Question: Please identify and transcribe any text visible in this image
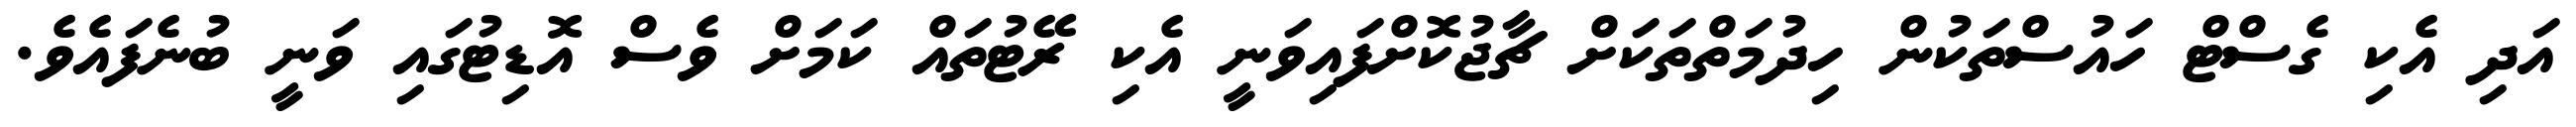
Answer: އަދި އެކި ގެސްޓް ހައުސްތަކުން ހިދުމަތްތަކަށް ޗާޖުކޮށްފައިވަނީ އެކި ރޭޓުތައް ކަމަށް ވެސް އޮޑިޓުގައި ވަނީ ބުނެފައެވެ.